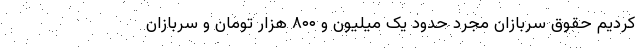
کردیم حقوق سربازان مجرد حدود یک میلیون و ۸۰۰ هزار تومان و سربازان